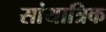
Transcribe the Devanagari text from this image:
सांयात्रिक